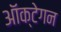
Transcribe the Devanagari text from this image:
ऑक्टेगन